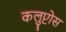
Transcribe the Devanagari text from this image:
कलुप्टोस